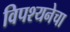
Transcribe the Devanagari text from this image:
विपश्यनेचा